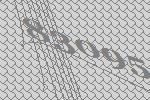
83095